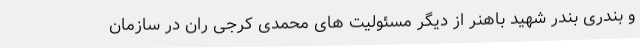
و بندری بندر شهید باهنر از دیگر مسئولیت های محمدی کرجی ران در سازمان